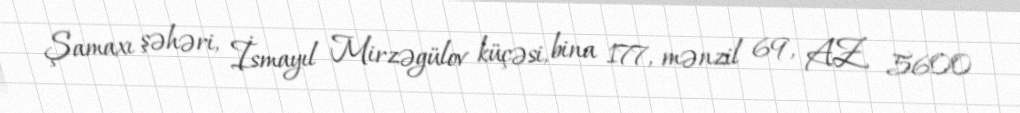
Şamaxı şəhəri, İsmayıl Mirzəgülov küçəsi, bina 177, mənzil 69, AZ 5600